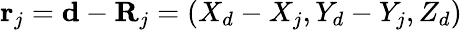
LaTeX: \textbf{r}_{j}=\textbf{d}-\textbf{R}_{j}=\left(X_{d}-X_{j},Y_{d}-Y_{j},Z_{d}\right)